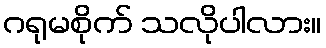
ဂရုမစိုက် သလိုပါလား။